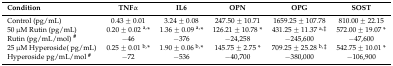
<table><thead><tr><td><b>Condition</b></td><td><b>TNFα</b></td><td><b>IL6 </b></td><td><b>OPN </b></td><td><b>OPG </b></td><td><b>SOST </b></td></tr></thead><tbody><tr><td>Control (pg/mL)</td><td>0.43 ± 0.01</td><td>3.24 ± 0.08</td><td>247.50 ± 10.71</td><td>1659.25 ± 107.78</td><td>810.00 ± 22.15</td></tr><tr><td>50 μM Rutin (pg/mL)</td><td>0.20 ± 0.02 <sup>a,</sup>*</td><td>1.36 ± 0.09 <sup>a,</sup>*</td><td>126.21 ± 10.78 *</td><td>431.25 ± 11.37 <sup>a,</sup><sup>‡</sup></td><td>572.00 ± 19.07 *</td></tr><tr><td>Rutin (pg/mL/mol) <b><sup>#</sup></b></td><td>−46</td><td>−376</td><td>−24,258</td><td>−245,600</td><td>−47,600</td></tr><tr><td>25 μM Hyperoside( pg/mL) </td><td>0.25 ± 0.01 <sup>b,</sup>*</td><td>1.90 ± 0.06 <sup>b,</sup>*</td><td>145.75 ± 2.75 *</td><td>709.25 ± 25.28 <sup>b,</sup><sup>‡</sup></td><td>542.75 ± 10.01 *</td></tr><tr><td>Hyperoside pg/mL/mol <b><sup>#</sup></b></td><td>−72</td><td>−536</td><td>−40,700</td><td>−380,000</td><td>−106,900</td></tr></tbody></table>